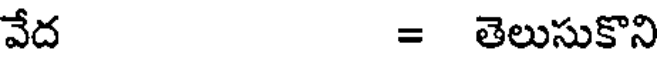
వేద = తెలుసుకొన